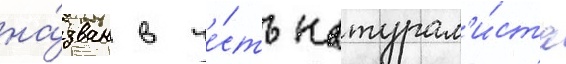
на́зван в че́сть натурал'и́ста